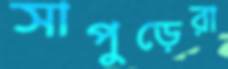
সাপুড়েরা